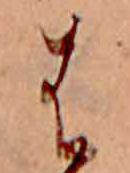
は